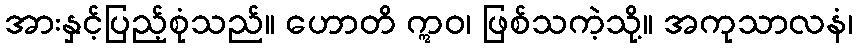
အားနှင့်ပြည့်စုံသည်။ ဟောတိ ဣဝ၊ ဖြစ်သကဲ့သို့။ အကုသာလနံ၊